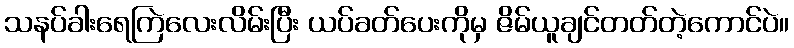
သနပ်ခါးရေကြဲလေးလိမ်းပြီး ယပ်ခတ်ပေးကိုမှ ဇိမ်ယူချင်တတ်တဲ့ကောင်ပဲ။